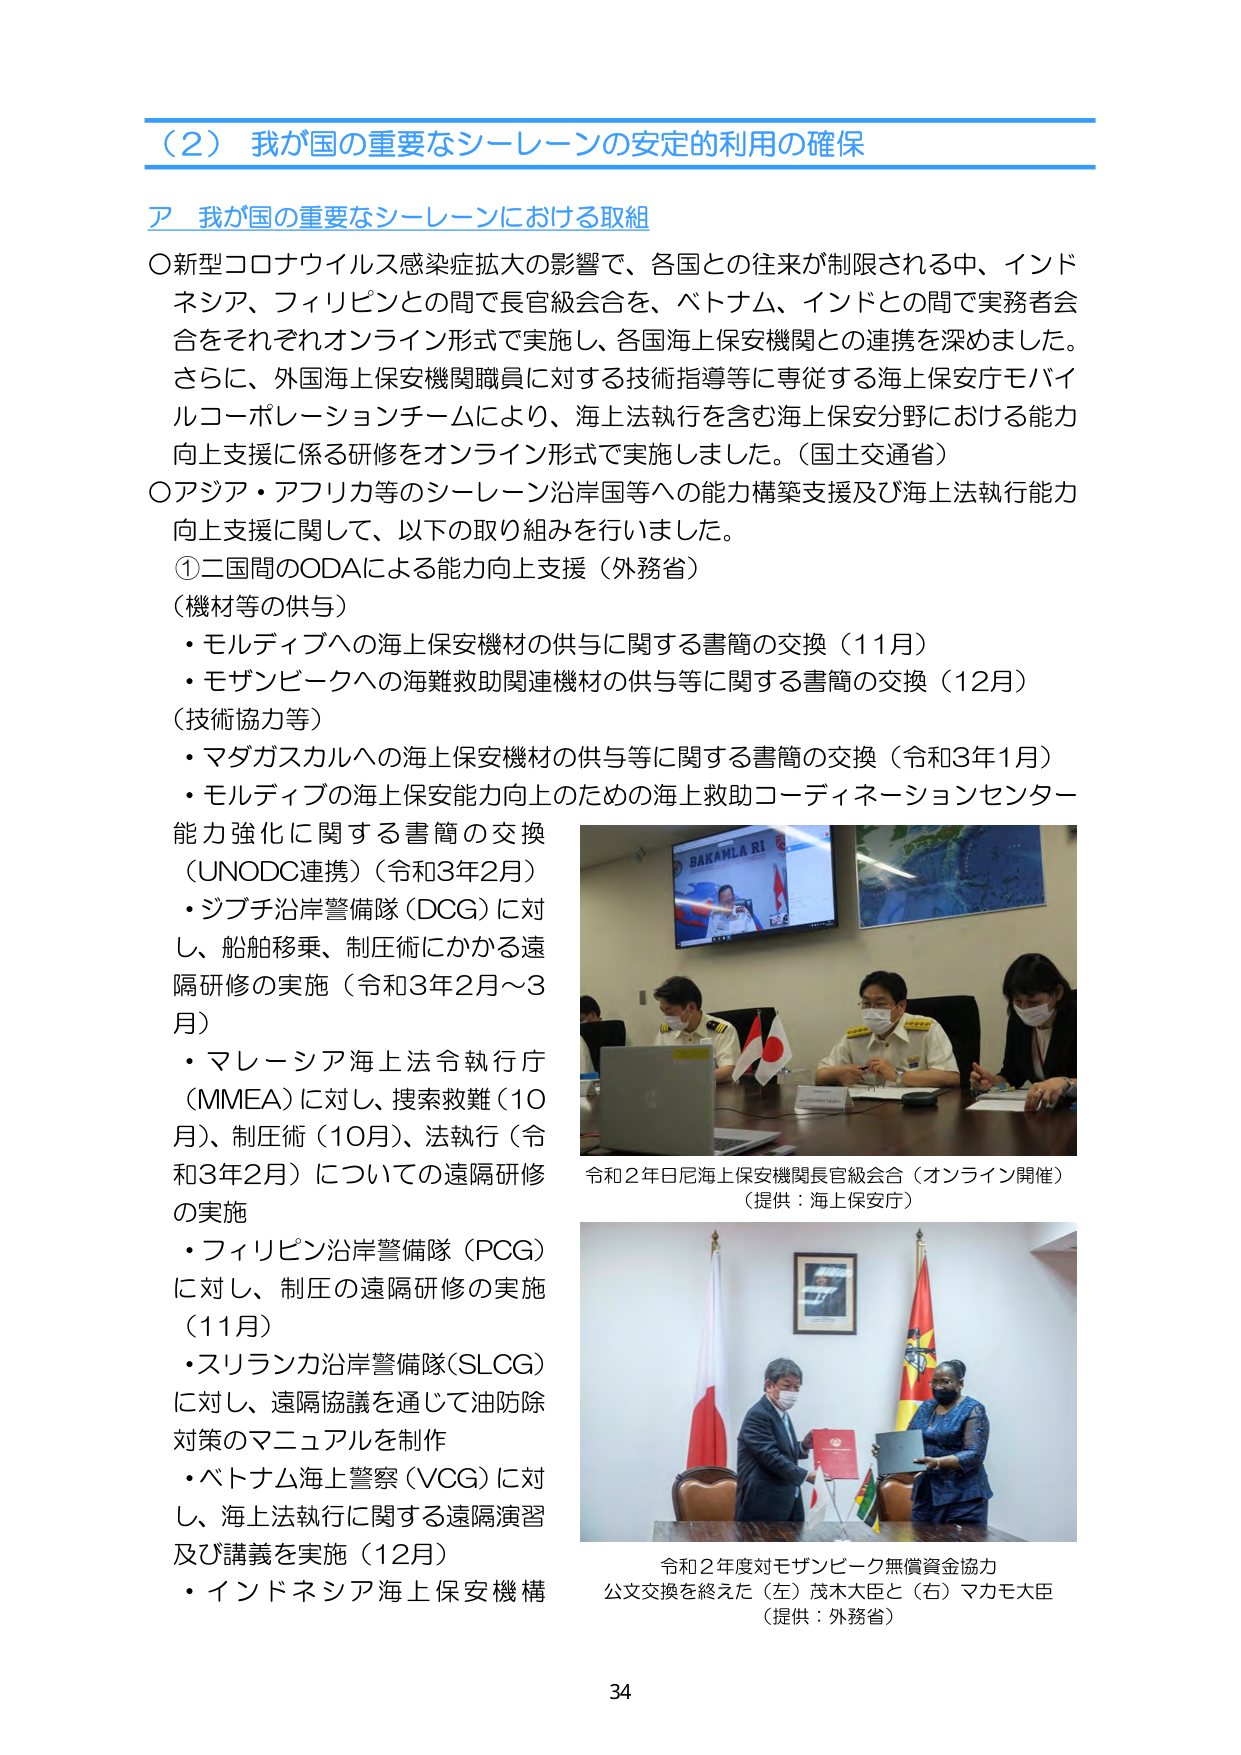
（2）我が国の重要なシーレーンの安定的利用の確保

ア 我が国の重要なシーレーンにおける取組

〇新型コロナウイルス感染症拡大の影響で、各国との往来が制限される中、インドネシア、フィリピンとの間で長官級会合を、ベトナム、インドとの間で実務者会合をそれぞれオンライン形式で実施し、各国海上保安機関との連携を深めました。さらに、外国海上保安機関職員に対する技術指導等に専従する海上保安庁モバイルコーポレーションチームにより、海上法執行を含む海上保安分野における能力向上支援に係る研修をオンライン形式で実施しました。（国土交通省）

〇アジア・アフリカ等のシーレーン沿岸国等への能力構築支援及び海上法執行能力向上支援に関して、以下の取り組みを行いました。

①二国間のODAによる能力向上支援（外務省）

（機材等の供与）
・モルディブへの海上保安機材の供与に関する書簡の交換（11月）
・モザンビークへの海難救助関連機材の供与等に関する書簡の交換（12月）

（技術協力等）
・マダガスカルへの海上保安機材の供与等に関する書簡の交換（令和3年1月）
・モルディブの海上保安能力向上のための海上救助コーディネーションセンター能力強化に関する書簡の交換（UNODC連携）（令和3年2月）
・ジブチ沿岸警備隊（DCG）に対し、船舶移乗、制圧術にかかる遠隔研修の実施（令和3年2月～3月）
・マレーシア海上法令執行庁（MMEA）に対し、捜索救難（10月）、制圧術（10月）、法執行（令和3年2月）についての遠隔研修の実施
・フィリピン沿岸警備隊（PCG）に対し、制圧の遠隔研修の実施（11月）
・スリランカ沿岸警備隊（SLCG）に対し、遠隔協議を通じて油防除対策のマニュアルを制作
・ベトナム海上警察（VCG）に対し、海上法執行に関する遠隔演習及び講義を実施（12月）
・インドネシア海上保安機構

令和2年日尼海上保安機関長官級会合（オンライン開催）
（提供：海上保安庁）

令和2年度対モザンビーク無償資金協力
公文交換を終えた（左）茂木大臣と（右）マカモ大臣
（提供：外務省）

34